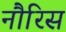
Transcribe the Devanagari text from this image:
नौरिस